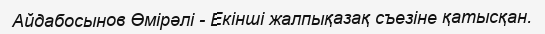
Айдабосынов Өмірәлі - Екінші жалпықазақ съезіне қатысқан.